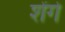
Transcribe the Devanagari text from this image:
शेंगे